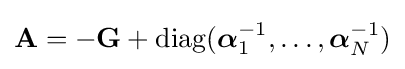
\mathbf {A} =-\mathbf {G} +\mathrm {diag} ({\boldsymbol {\alpha }}_{1}^{-1},\dots ,{\boldsymbol {\alpha }}_{N}^{-1})